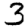
Digit: 3